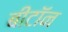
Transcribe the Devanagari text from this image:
बीटॉन